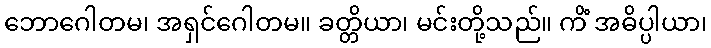
ဘောဂေါတမ၊ အရှင်ဂေါတမ။ ခတ္တိယာ၊ မင်းတို့သည်။ ကိံ အဓိပ္ပါယာ၊